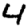
Digit: 4